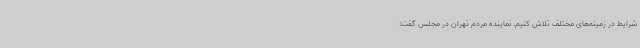
شرایط در زمینه‌های مختلف تلاش کنیم. نماینده مردم تهران در مجلس گفت: